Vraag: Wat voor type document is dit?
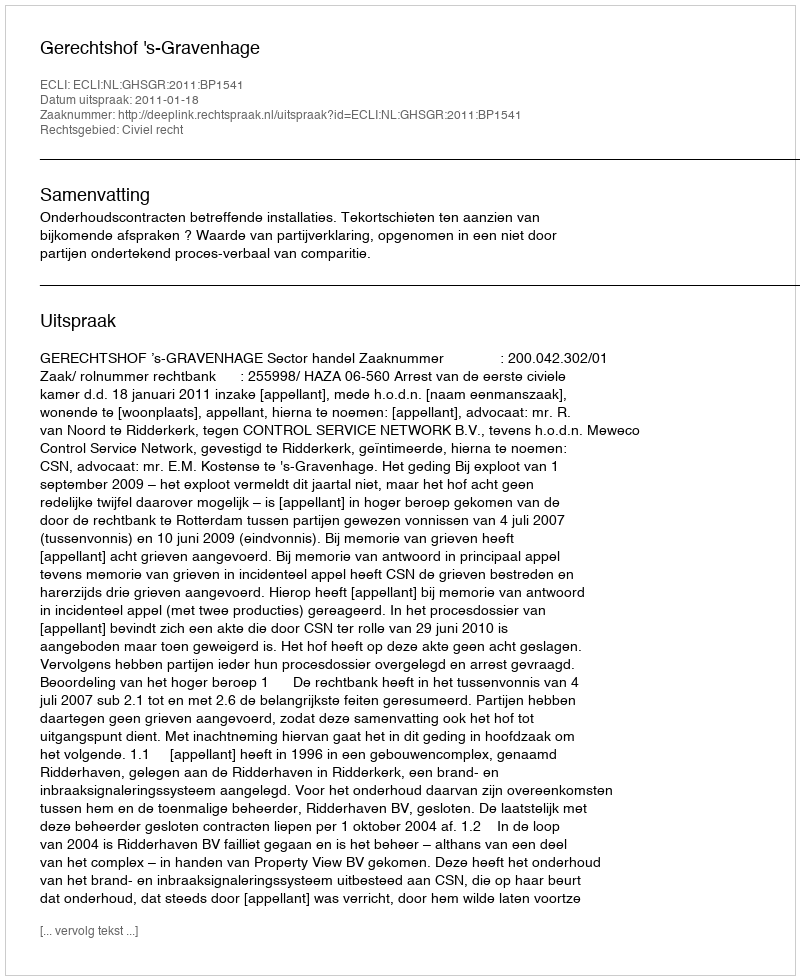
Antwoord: Uitspraak